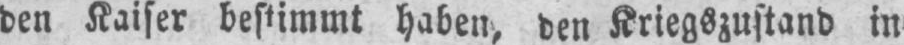
den Kaiser bestimmt haben, den Kriegszustand in